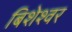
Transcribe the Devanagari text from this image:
बिशेश्वर